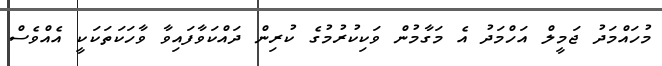
މުހައްމަދު ޖަމީލް އަހްމަދު އެ މަގާމުން ވަކިކުރުމުގެ ކުރިން ދައްކަވާފައިވާ ވާހަކަތަކަކީ އެއްވެސް